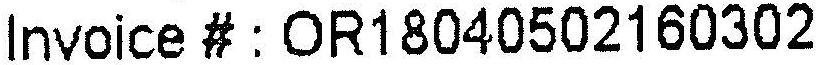
INVOICE # : OR18040502160302